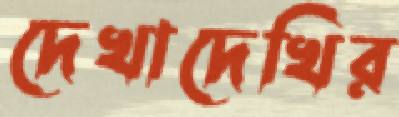
দেখাদেখির